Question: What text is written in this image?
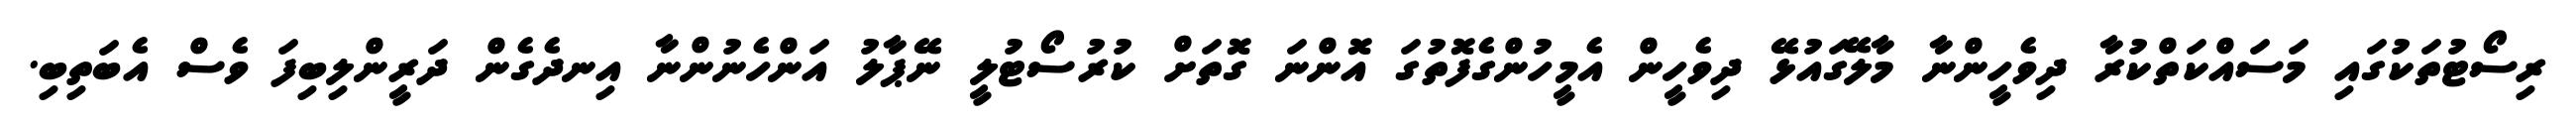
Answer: ރިސޯޓުތަކުގައި މަސައްކަތްކުރާ ދިވެހީންނާ މާލޭގައުޅޭ ދިވެހީން އެމީހުންގެފޮތުގަ އޮންނަ ގޮތަށް ކުރުސޯޓުލީ ނޭޕާލު އަންހެނުންނާ އިނދެގެން ދަރީންލިބިފަ ވެސް އެބަތިބި.